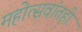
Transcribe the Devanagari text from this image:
महोत्सवांतही